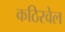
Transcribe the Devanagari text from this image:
कठिरवेल